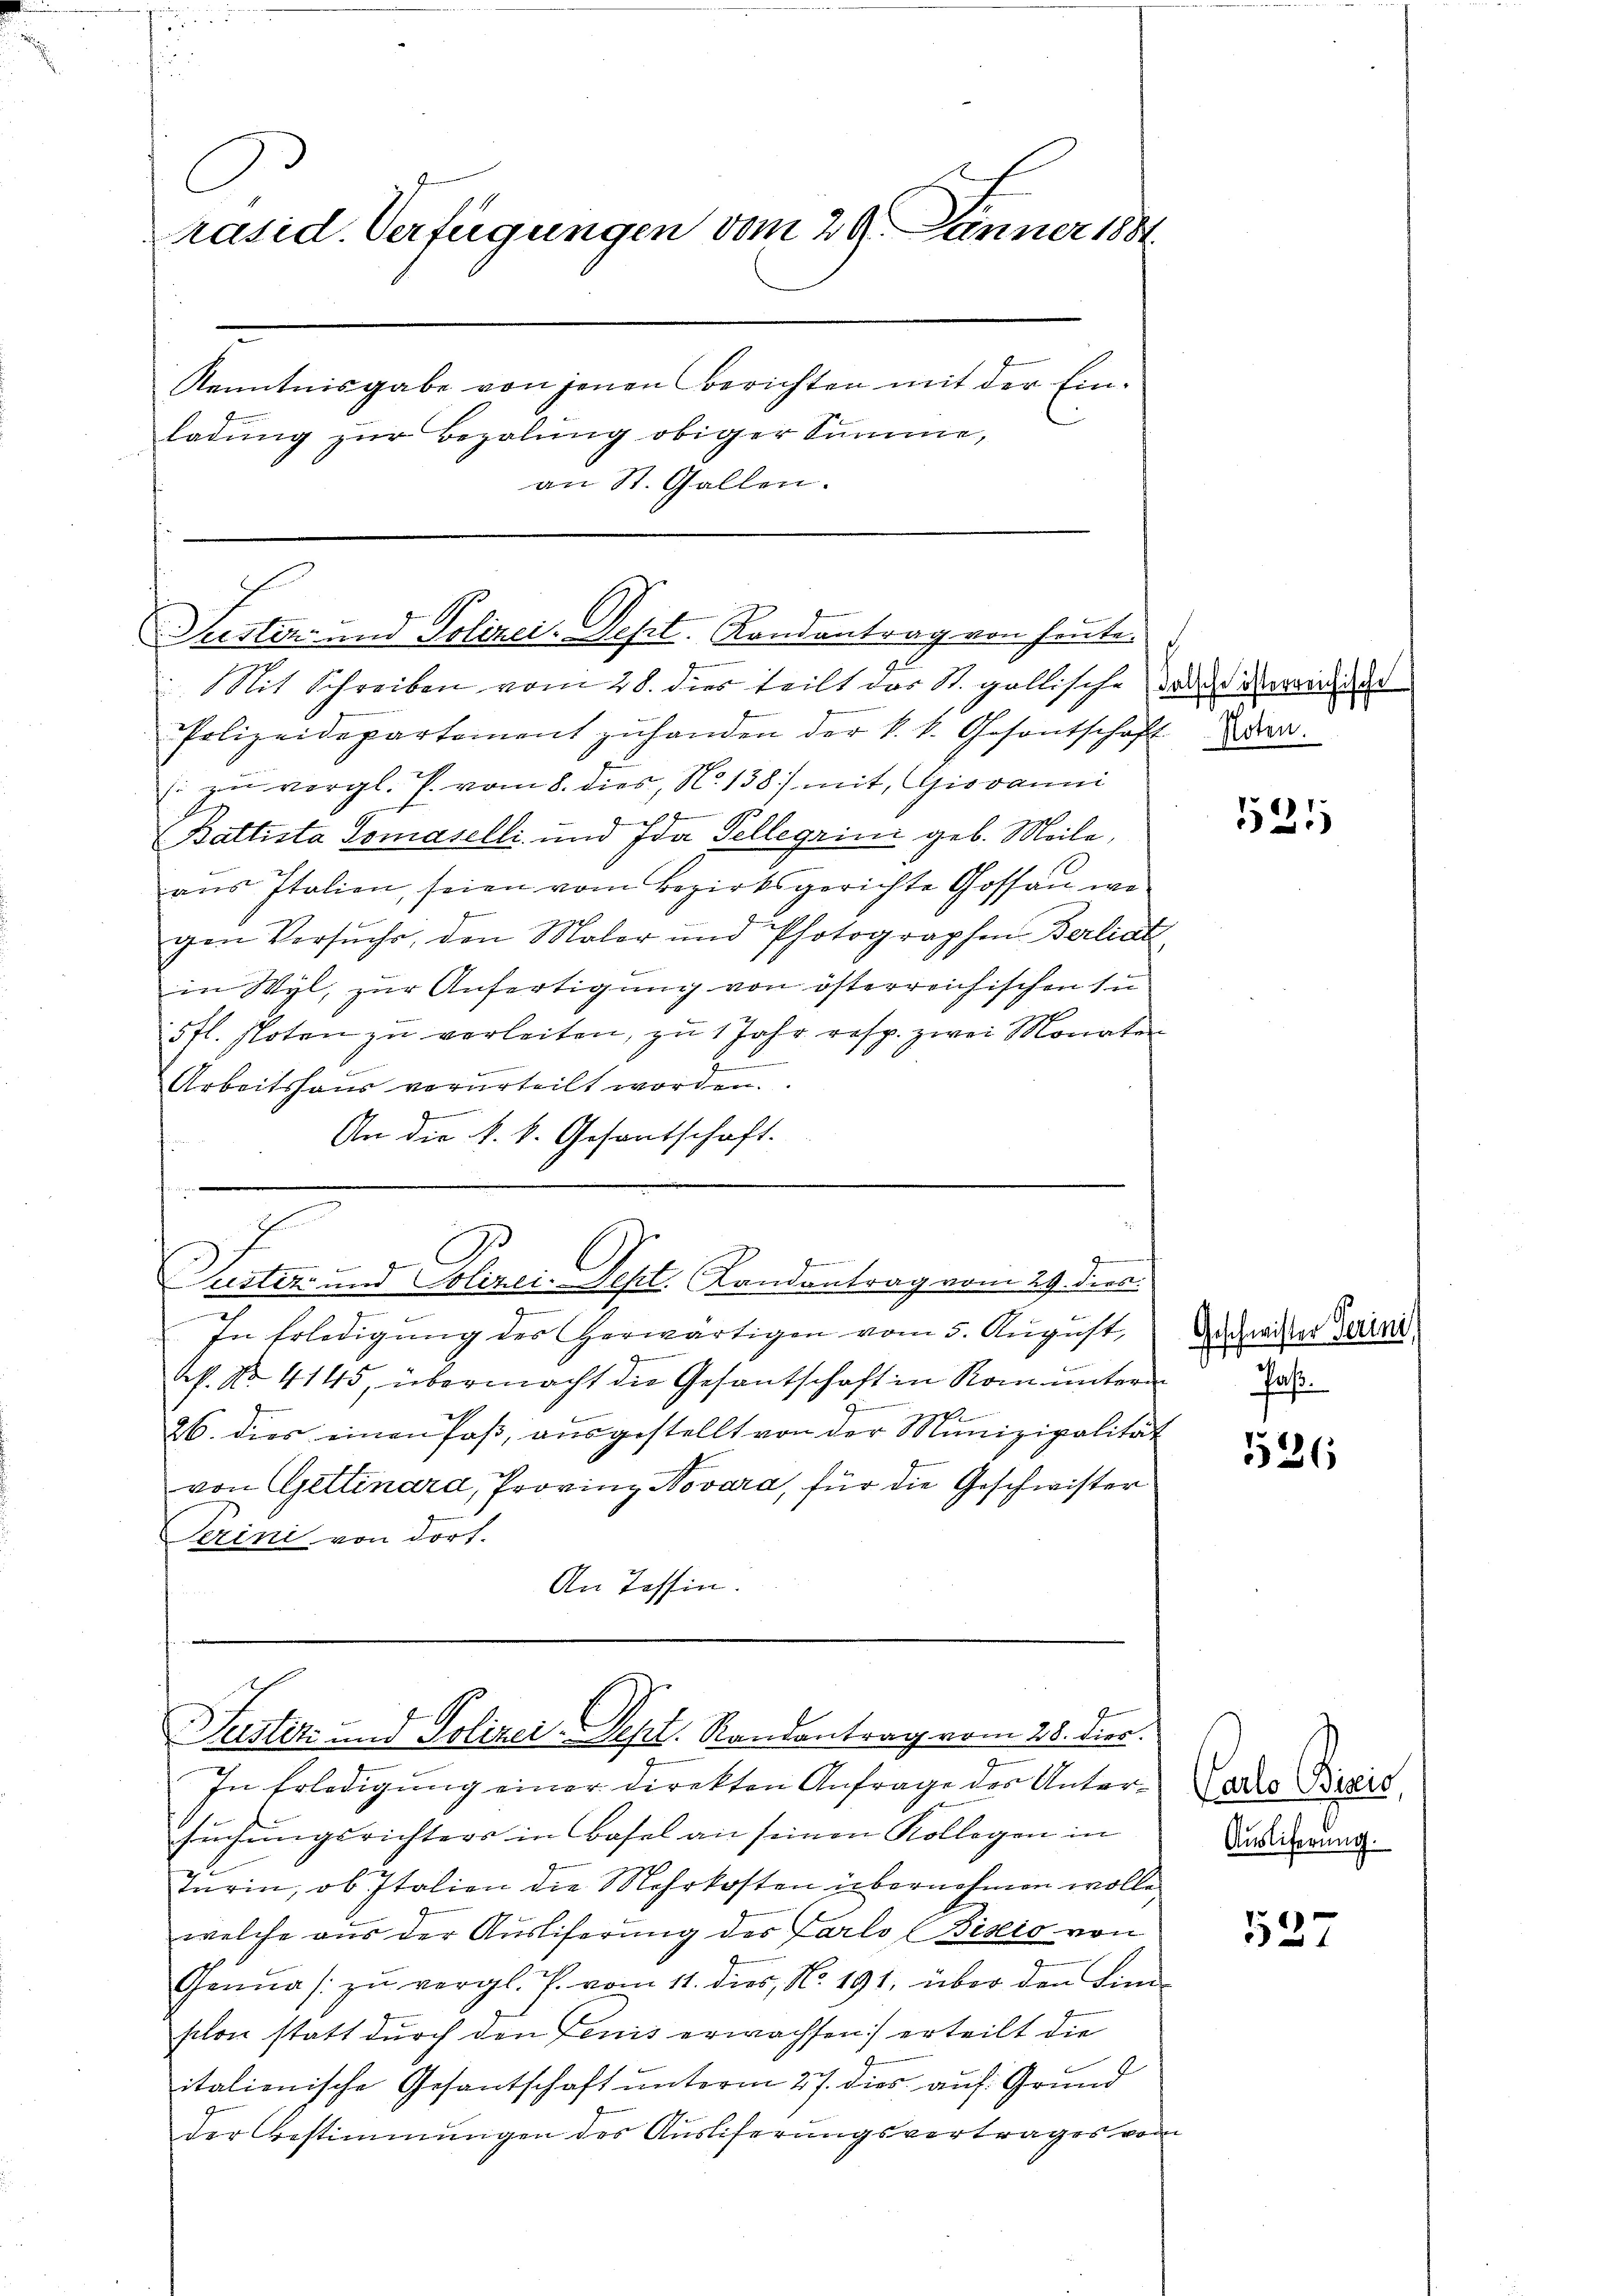
C
Präsid. Verfügungen vom 29. Jänner 1884
Kenntnisgabe von jenen Berichten mit der Einladŭng zŭr Bezahlung obiger Summe,
an St. Gallen.

Suesten- und Polizei. Sept. Landantrag von heuten

Mit Schreiben vom 28. dies teilt das St. gallische de den dad
Polizeidepartement zŭ handen der k. k. Gesantschaft dar
(i zu vergl. P. vom 8. dies, No 138) mit, Giovanni
Jena ge
Battista Tomaselli und Ida Tellegrini geb. Meile,
aus Italien, seien vom Bezirksgerichte Gossaŭ wo

gen Versuchs, den Maler und Photographen Berliat
in Wyl, zur Anfertigung von österreichischen In
5 fl. Noten zu verleiten, zu 1 Jahr resp. zwei Monaten
2
.
Arbeitshaus verurteilt worden.
An die k. k. Gesantschaft.

Justiz- und Polizei-Tept. Landantrag vom 29. dies

I
Justiz und Polizei-Sept. Randantrag vom 28. dies

In Erledigung des herwärtigen vom 5. August,
Af. No. 4145, übermacht die Gesantschaft in Rom untern
26. dies einen Paß, ausgestellt von der Munizipalität
von Gettinara, Provinz Novara, für die Geschwister
Terini von dort.
An Tessin.

In Erledigung einer direkten Anfrage des Untersŭchŭngsrichters in Basel an seinen Kollegen in
Turin, ob Italien die Mehrkosten übernehmen wolle
welche aus der Ausliferung des Carlo (Biseis von
Ganna /: zŭ vergl. J. vom 11. dies, No. 191, über den Bind
schon statt durch den Fenis erwachsen) erteilt die
italienische Gesantschaft unterm 27. dies auf Grund
der Bestimmungen des Ausliferungsvertrages von

521

Geschwister Gerini
Paß.

526

Carlo Biseis,
Auslieferung.

527